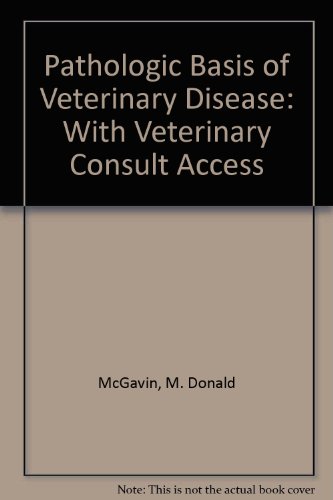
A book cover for Pathologic Basis of Veterinary Disease: With VETERINARY CONSULT Access, 4e; M. Donald McGavin MVSc  PhD  FACVSc; Medical Books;